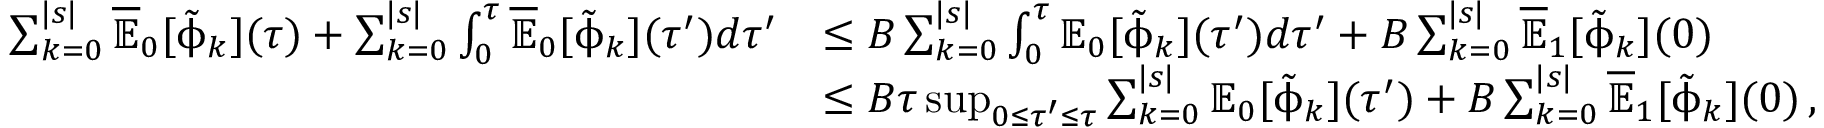
\begin{array} { r l } { \sum _ { k = 0 } ^ { | s | } \overline { { \mathbb { E } } } _ { 0 } [ \tilde { \upphi } _ { k } ] ( \tau ) + \sum _ { k = 0 } ^ { | s | } \int _ { 0 } ^ { \tau } \overline { { \mathbb { E } } } _ { 0 } [ \tilde { \upphi } _ { k } ] ( \tau ^ { \prime } ) d \tau ^ { \prime } } & { \leq B \sum _ { k = 0 } ^ { | s | } \int _ { 0 } ^ { \tau } { \mathbb { E } } _ { 0 } [ \tilde { \upphi } _ { k } ] ( \tau ^ { \prime } ) d \tau ^ { \prime } + B \sum _ { k = 0 } ^ { | s | } \overline { { \mathbb { E } } } _ { 1 } [ \tilde { \upphi } _ { k } ] ( 0 ) } \\ & { \leq B \tau \operatorname* { s u p } _ { 0 \leq \tau ^ { \prime } \leq \tau } \sum _ { k = 0 } ^ { | s | } \mathbb { E } _ { 0 } [ \tilde { \upphi } _ { k } ] ( \tau ^ { \prime } ) + B \sum _ { k = 0 } ^ { | s | } \overline { { \mathbb { E } } } _ { 1 } [ \tilde { \upphi } _ { k } ] ( 0 ) \, , } \end{array}